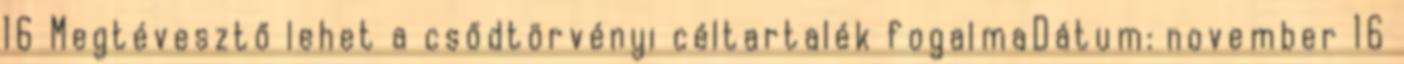
16 Megtévesztő lehet a csődtörvényi céltartalék fogalmaDátum: november 16